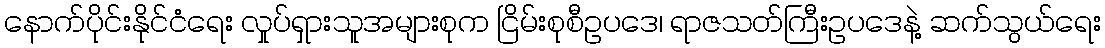
နောက်ပိုင်းနိုင်ငံရေး လှုပ်ရှားသူအများစုက ငြိမ်းစုစီဥပဒေ၊ ရာဇသတ်ကြီးဥပဒေနဲ့ ဆက်သွယ်ရေး